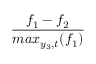
\frac { f _ { 1 } - f _ { 2 } } { m a x _ { y _ { 3 } , t } ( f _ { 1 } ) }